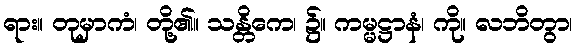
ရား။ တုမှာကံ၊ တို့၏။ သန္တိကေ၊ ၌။ ကမ္မဋ္ဌာနံ၊ ကို။ လဘိတွာ၊